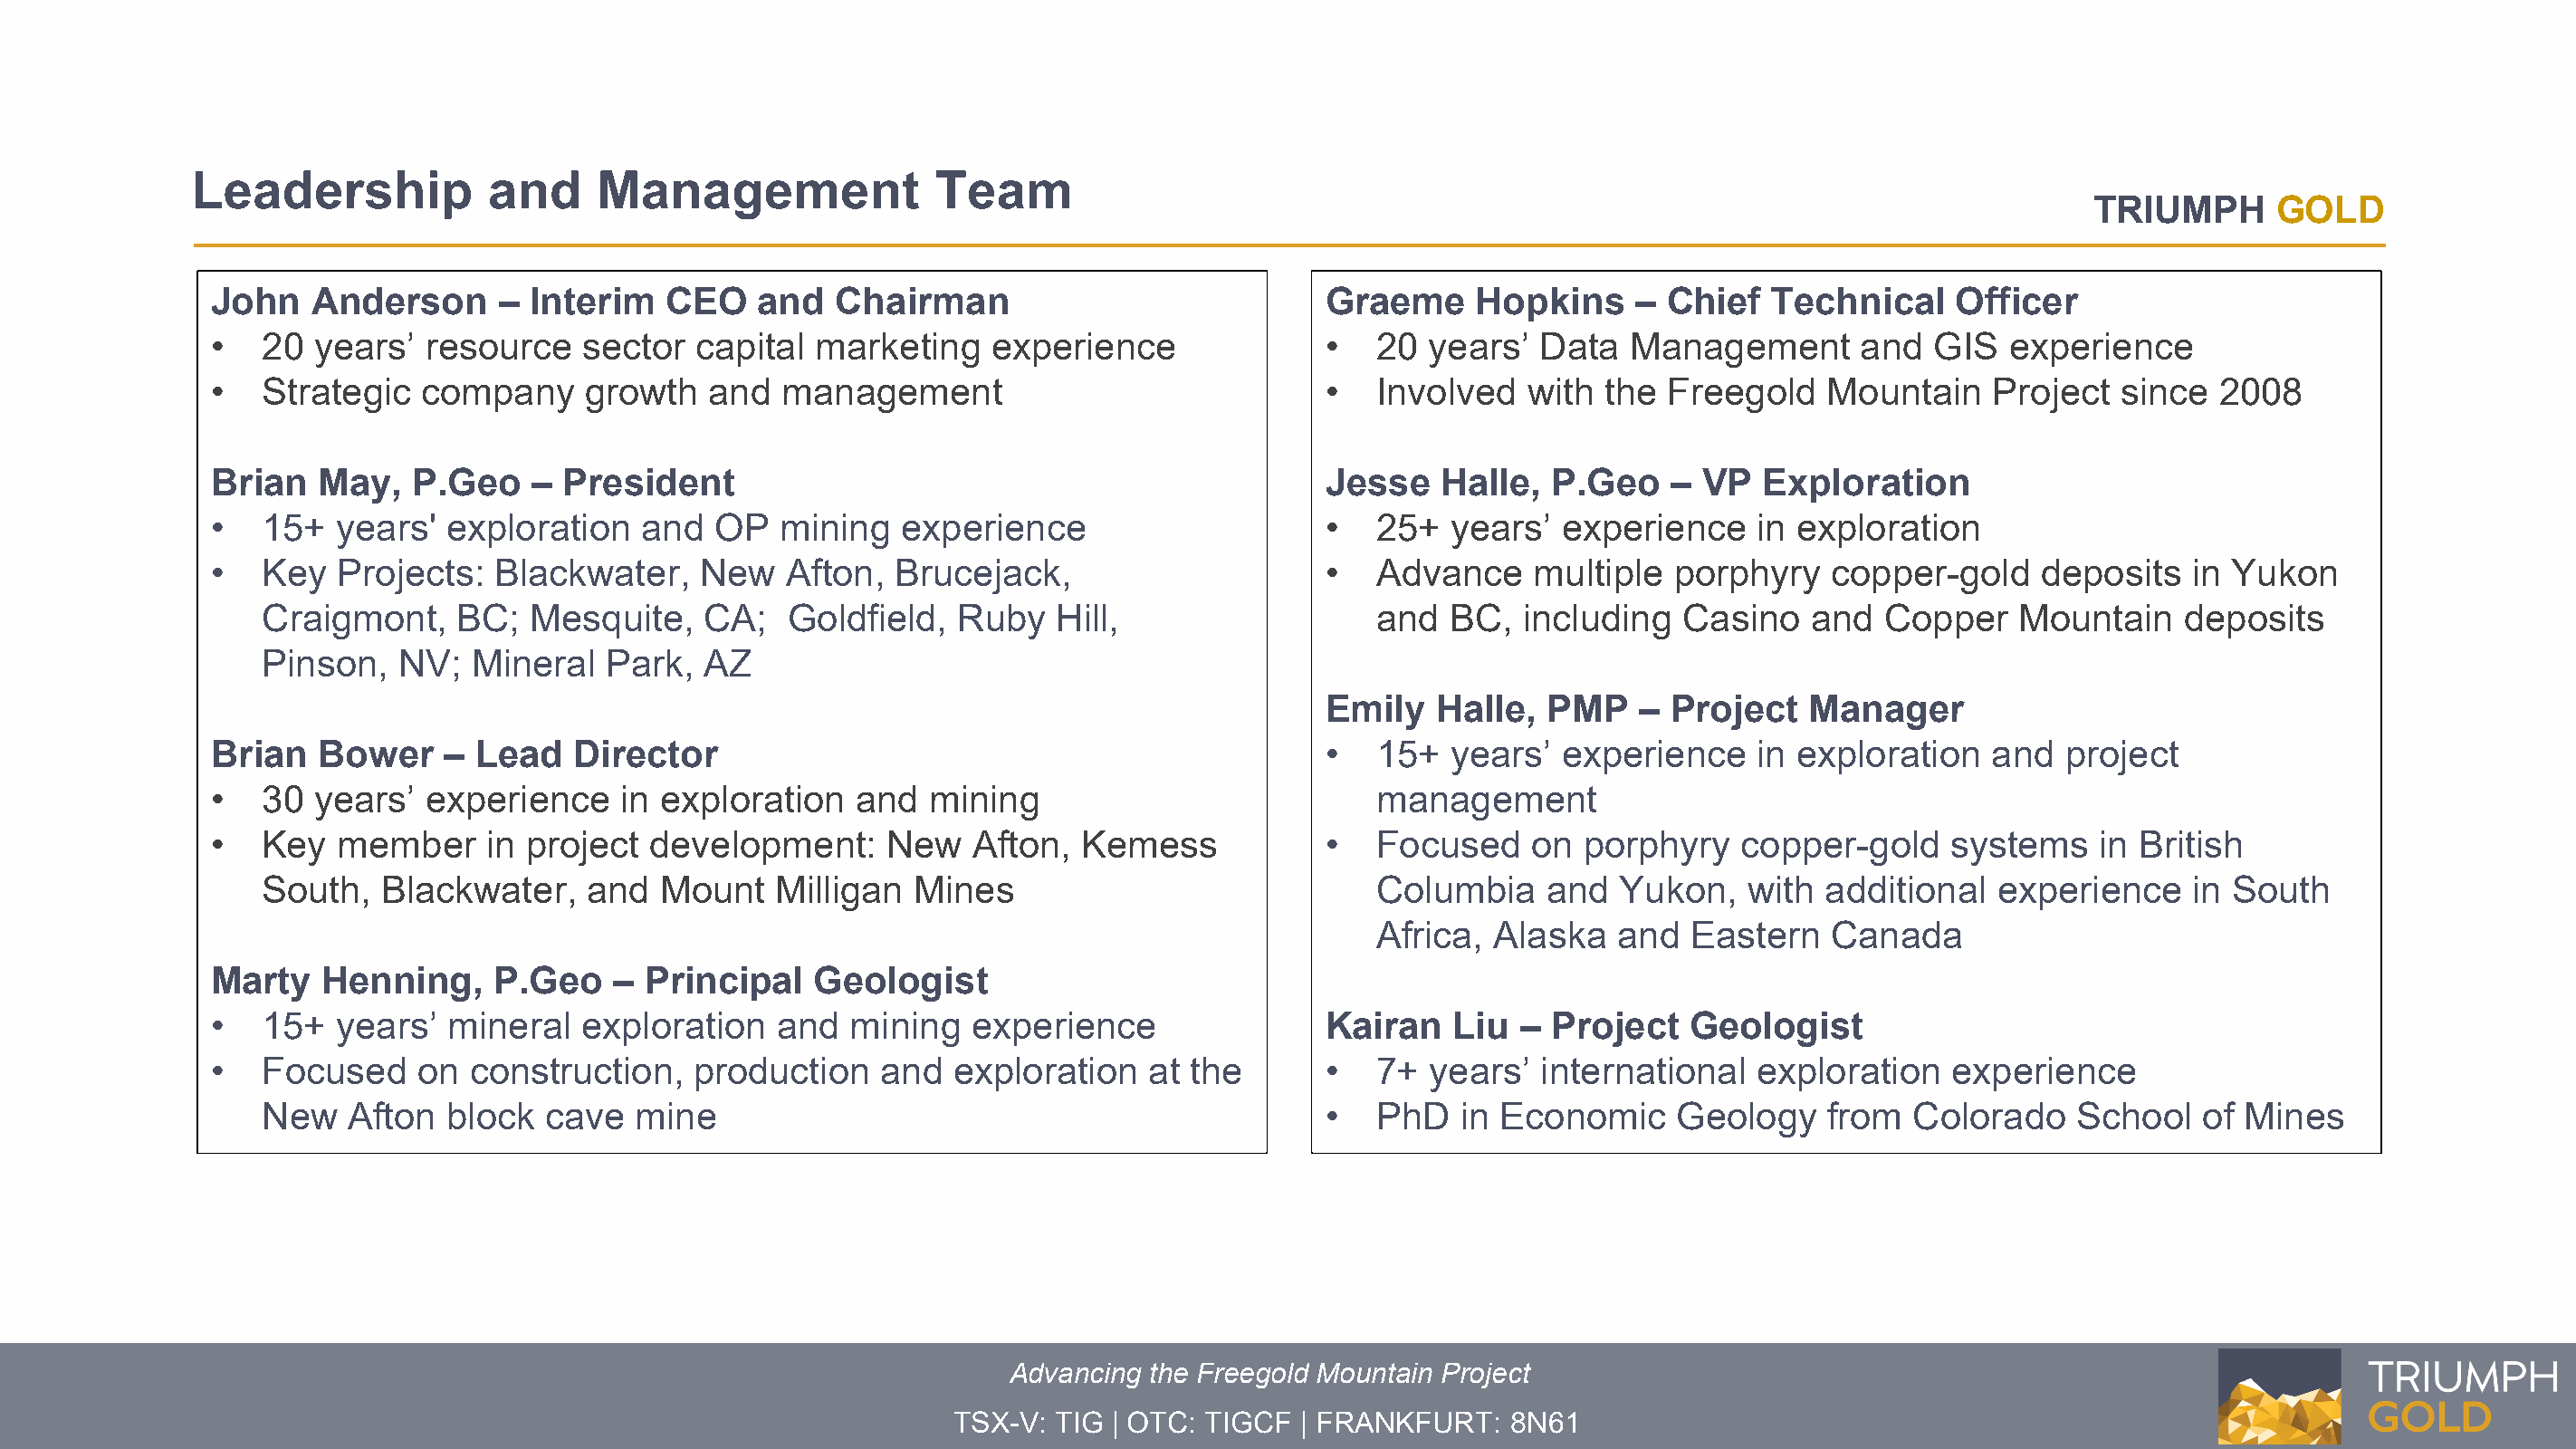
Leadership            and     Management              Team
 TRIUMPH      GOLD
 John    Anderson     –  Interim   CEO   and   Chairman                            Graeme     Hopkins     – Chief   Technical    Officer
 •   20  years’  resource    sector  capital  marketing   experience               •   20 years’   Data  Management       and  GIS   experience
 •   Strategic   company     growth   and  management                              •   Involved   with the  Freegold    Mountain    Project  since  2008
 Brian   May,   P.Geo    – President                                               Jesse   Halle,  P.Geo    – VP   Exploration
 •   15+   years'  exploration   and  OP   mining   experience                     •   25+  years’  experience    in exploration    ​
 •   Key   Projects:  Blackwater,    New   Afton,  Brucejack,                      •   Advance    multiple  porphyry    copper-gold    deposits   in Yukon
 Craigmont,    BC;   Mesquite,   CA;    Goldfield,  Ruby   Hill,                   and  BC,  including   Casino   and   Copper    Mountain    deposits
 Pinson,   NV;  Mineral   Park,  AZ
 Emily   Halle,  PMP    – Project   Manager
 Brian   Bower    –  Lead   Director                                               •   15+  years’  experience    in exploration    and  project
 •   30  years’  experience    in exploration    and  mining​                          management
 •   Key   member     in project development:      New   Afton,  Kemess            •   Focused    on  porphyry   copper-gold     systems   in British
 South,   Blackwater,    and  Mount    Milligan​ Mines                             Columbia    and  Yukon,    with additional   experience    in South
 Africa, Alaska   and   Eastern   Canada
 Marty    Henning,    P.Geo    – Principal    Geologist
 •   15+   years’  mineral   exploration   and  mining   experience                Kairan   Liu  – Project    Geologist
 •   Focused    on  construction,    production   and   exploration   at the       •   7+ years’   international  exploration    experience
 New   Afton   block  cave  mine                                               •   PhD   in Economic     Geology    from  Colorado    School   of Mines
 Advancing the Freegold Mountain Project
 TSX-V: TIG | OTC: TIGCF  | FRANKFURT:   8N61